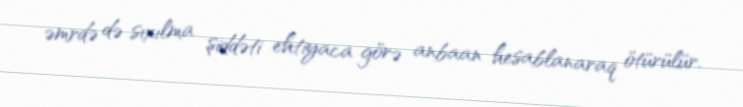
əmrdə də sıxılma şiddəti ehtiyaca görə anbaan hesablanaraq ötürülür.